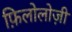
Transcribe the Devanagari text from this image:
फ़िलोलोज़ी